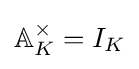
\mathbb {A} _{K}^{\times }=I_{K}